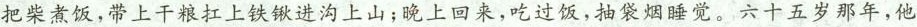
把柴煮饭，带上干粮扛上铁锹进沟上山；晚上回来，吃过饭，抽袋烟睡觉。六十五岁那年，他